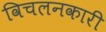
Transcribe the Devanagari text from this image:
विचलनकारी